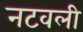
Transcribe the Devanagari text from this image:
नटवली